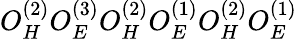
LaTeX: O_{H}^{(2)}O_{E}^{(3)}O_{H}^{(2)}O_{E}^{(1)}O_{H}^{(2)}O_{E}^{(1)}